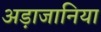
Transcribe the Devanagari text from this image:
अड़ाजानिया